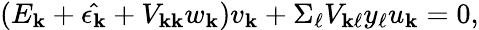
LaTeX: (E_{\mathbf{k}}+\hat{{\epsilon_{\mathbf{k}}}}+V_{\mathbf{k}\mathbf{k}}w_{\mathbf{k}})v_{\mathbf{k}}+\Sigma_{\ell}V_{\mathbf{k}\ell}y_{\ell}u_{\mathbf{k}}=0,